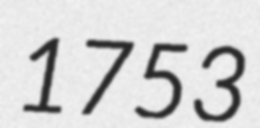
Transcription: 1753